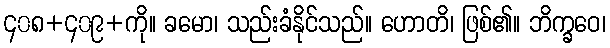
၄၀၈+၄၀၉+ကို။ ခမော၊ သည်းခံနိုင်သည်။ ဟောတိ၊ ဖြစ်၏။ ဘိက္ခဝေ၊